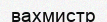
вахмистр